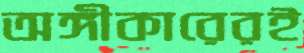
অঙ্গীকারেরই